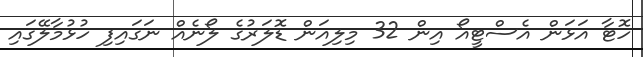
ހޮޓާ އަޅަން އެސްޓީއޯ އިން 32 މިލިއަން ޑޮލަރުގެ ލޯނެއް ނަގައިފި ހުޅުމާލޭގައި